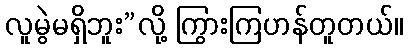
လူမွဲမရှိဘူး”လို့ ကြွားကြဟန်တူတယ်။